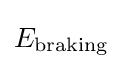
E_{\text{braking}}